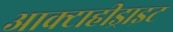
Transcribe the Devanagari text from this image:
आक्टाहीड्राइट